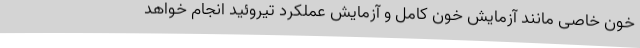
خون خاصی مانند آزمایش خون کامل و آزمایش عملکرد تیروئید انجام خواهد